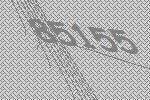
85155